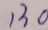
1 3 0